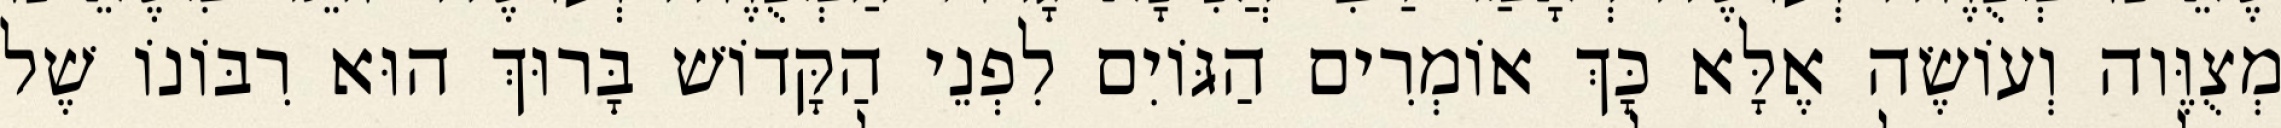
מְצֻוֶּוה וְעוֹשֶׂה אֶלָּא כָּךְ אוֹמְרִים הַגּוֹיִם לִפְנֵי הַקָּדוֹשׁ בָּרוּךְ הוּא רִבּוֹנוֹ שֶׁל